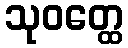
သုဝတ္ထေ